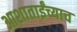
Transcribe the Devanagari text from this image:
आशाताईंच्याच